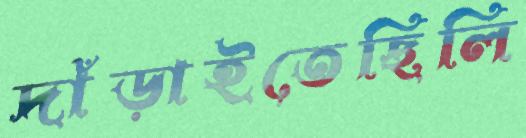
দাঁড়াইতেছিলি